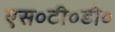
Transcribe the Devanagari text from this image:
एस०टी०डी०